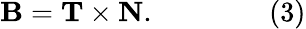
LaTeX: \mathbf{B}=\mathbf{T}\times\mathbf{N}.\qquad\qquad(3)